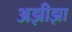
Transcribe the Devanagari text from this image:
अझीझा